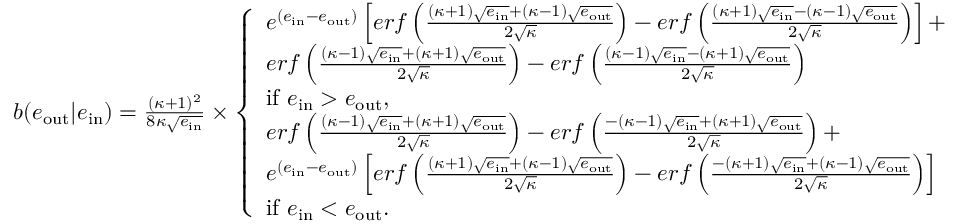
\begin{array} { r } { b ( e _ { \mathrm { o u t } } | e _ { \mathrm { i n } } ) = \frac { ( \kappa + 1 ) ^ { 2 } } { 8 \kappa \sqrt { e _ { \mathrm { i n } } } } \times \left\{ \begin{array} { l l } { e ^ { ( e _ { \mathrm { i n } } - e _ { \mathrm { o u t } } ) } \left[ e r f \left( \frac { ( \kappa + 1 ) \sqrt { e _ { \mathrm { i n } } } + ( \kappa - 1 ) \sqrt { e _ { \mathrm { o u t } } } } { 2 \sqrt { \kappa } } \right) - e r f \left( \frac { ( \kappa + 1 ) \sqrt { e _ { \mathrm { i n } } } - ( \kappa - 1 ) \sqrt { e _ { \mathrm { o u t } } } } { 2 \sqrt { \kappa } } \right) \right] + } & \\ { e r f \left( \frac { ( \kappa - 1 ) \sqrt { e _ { \mathrm { i n } } } + ( \kappa + 1 ) \sqrt { e _ { \mathrm { o u t } } } } { 2 \sqrt { \kappa } } \right) - e r f \left( \frac { ( \kappa - 1 ) \sqrt { e _ { \mathrm { i n } } } - ( \kappa + 1 ) \sqrt { e _ { \mathrm { o u t } } } } { 2 \sqrt { \kappa } } \right) } & \\ { \mathrm { i f ~ } e _ { \mathrm { i n } } > e _ { \mathrm { o u t } } , } & \\ { e r f \left( \frac { ( \kappa - 1 ) \sqrt { e _ { \mathrm { i n } } } + ( \kappa + 1 ) \sqrt { e _ { \mathrm { o u t } } } } { 2 \sqrt { \kappa } } \right) - e r f \left( \frac { - ( \kappa - 1 ) \sqrt { e _ { \mathrm { i n } } } + ( \kappa + 1 ) \sqrt { e _ { \mathrm { o u t } } } } { 2 \sqrt { \kappa } } \right) + } & \\ { e ^ { ( e _ { \mathrm { i n } } - e _ { \mathrm { o u t } } ) } \left[ e r f \left( \frac { ( \kappa + 1 ) \sqrt { e _ { \mathrm { i n } } } + ( \kappa - 1 ) \sqrt { e _ { \mathrm { o u t } } } } { 2 \sqrt { \kappa } } \right) - e r f \left( \frac { - ( \kappa + 1 ) \sqrt { e _ { \mathrm { i n } } } + ( \kappa - 1 ) \sqrt { e _ { \mathrm { o u t } } } } { 2 \sqrt { \kappa } } \right) \right] } & \\ { \mathrm { i f ~ } e _ { \mathrm { i n } } < e _ { \mathrm { o u t } } . } & \end{array} \right. } \end{array}